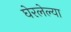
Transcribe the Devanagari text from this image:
घेरलेल्या